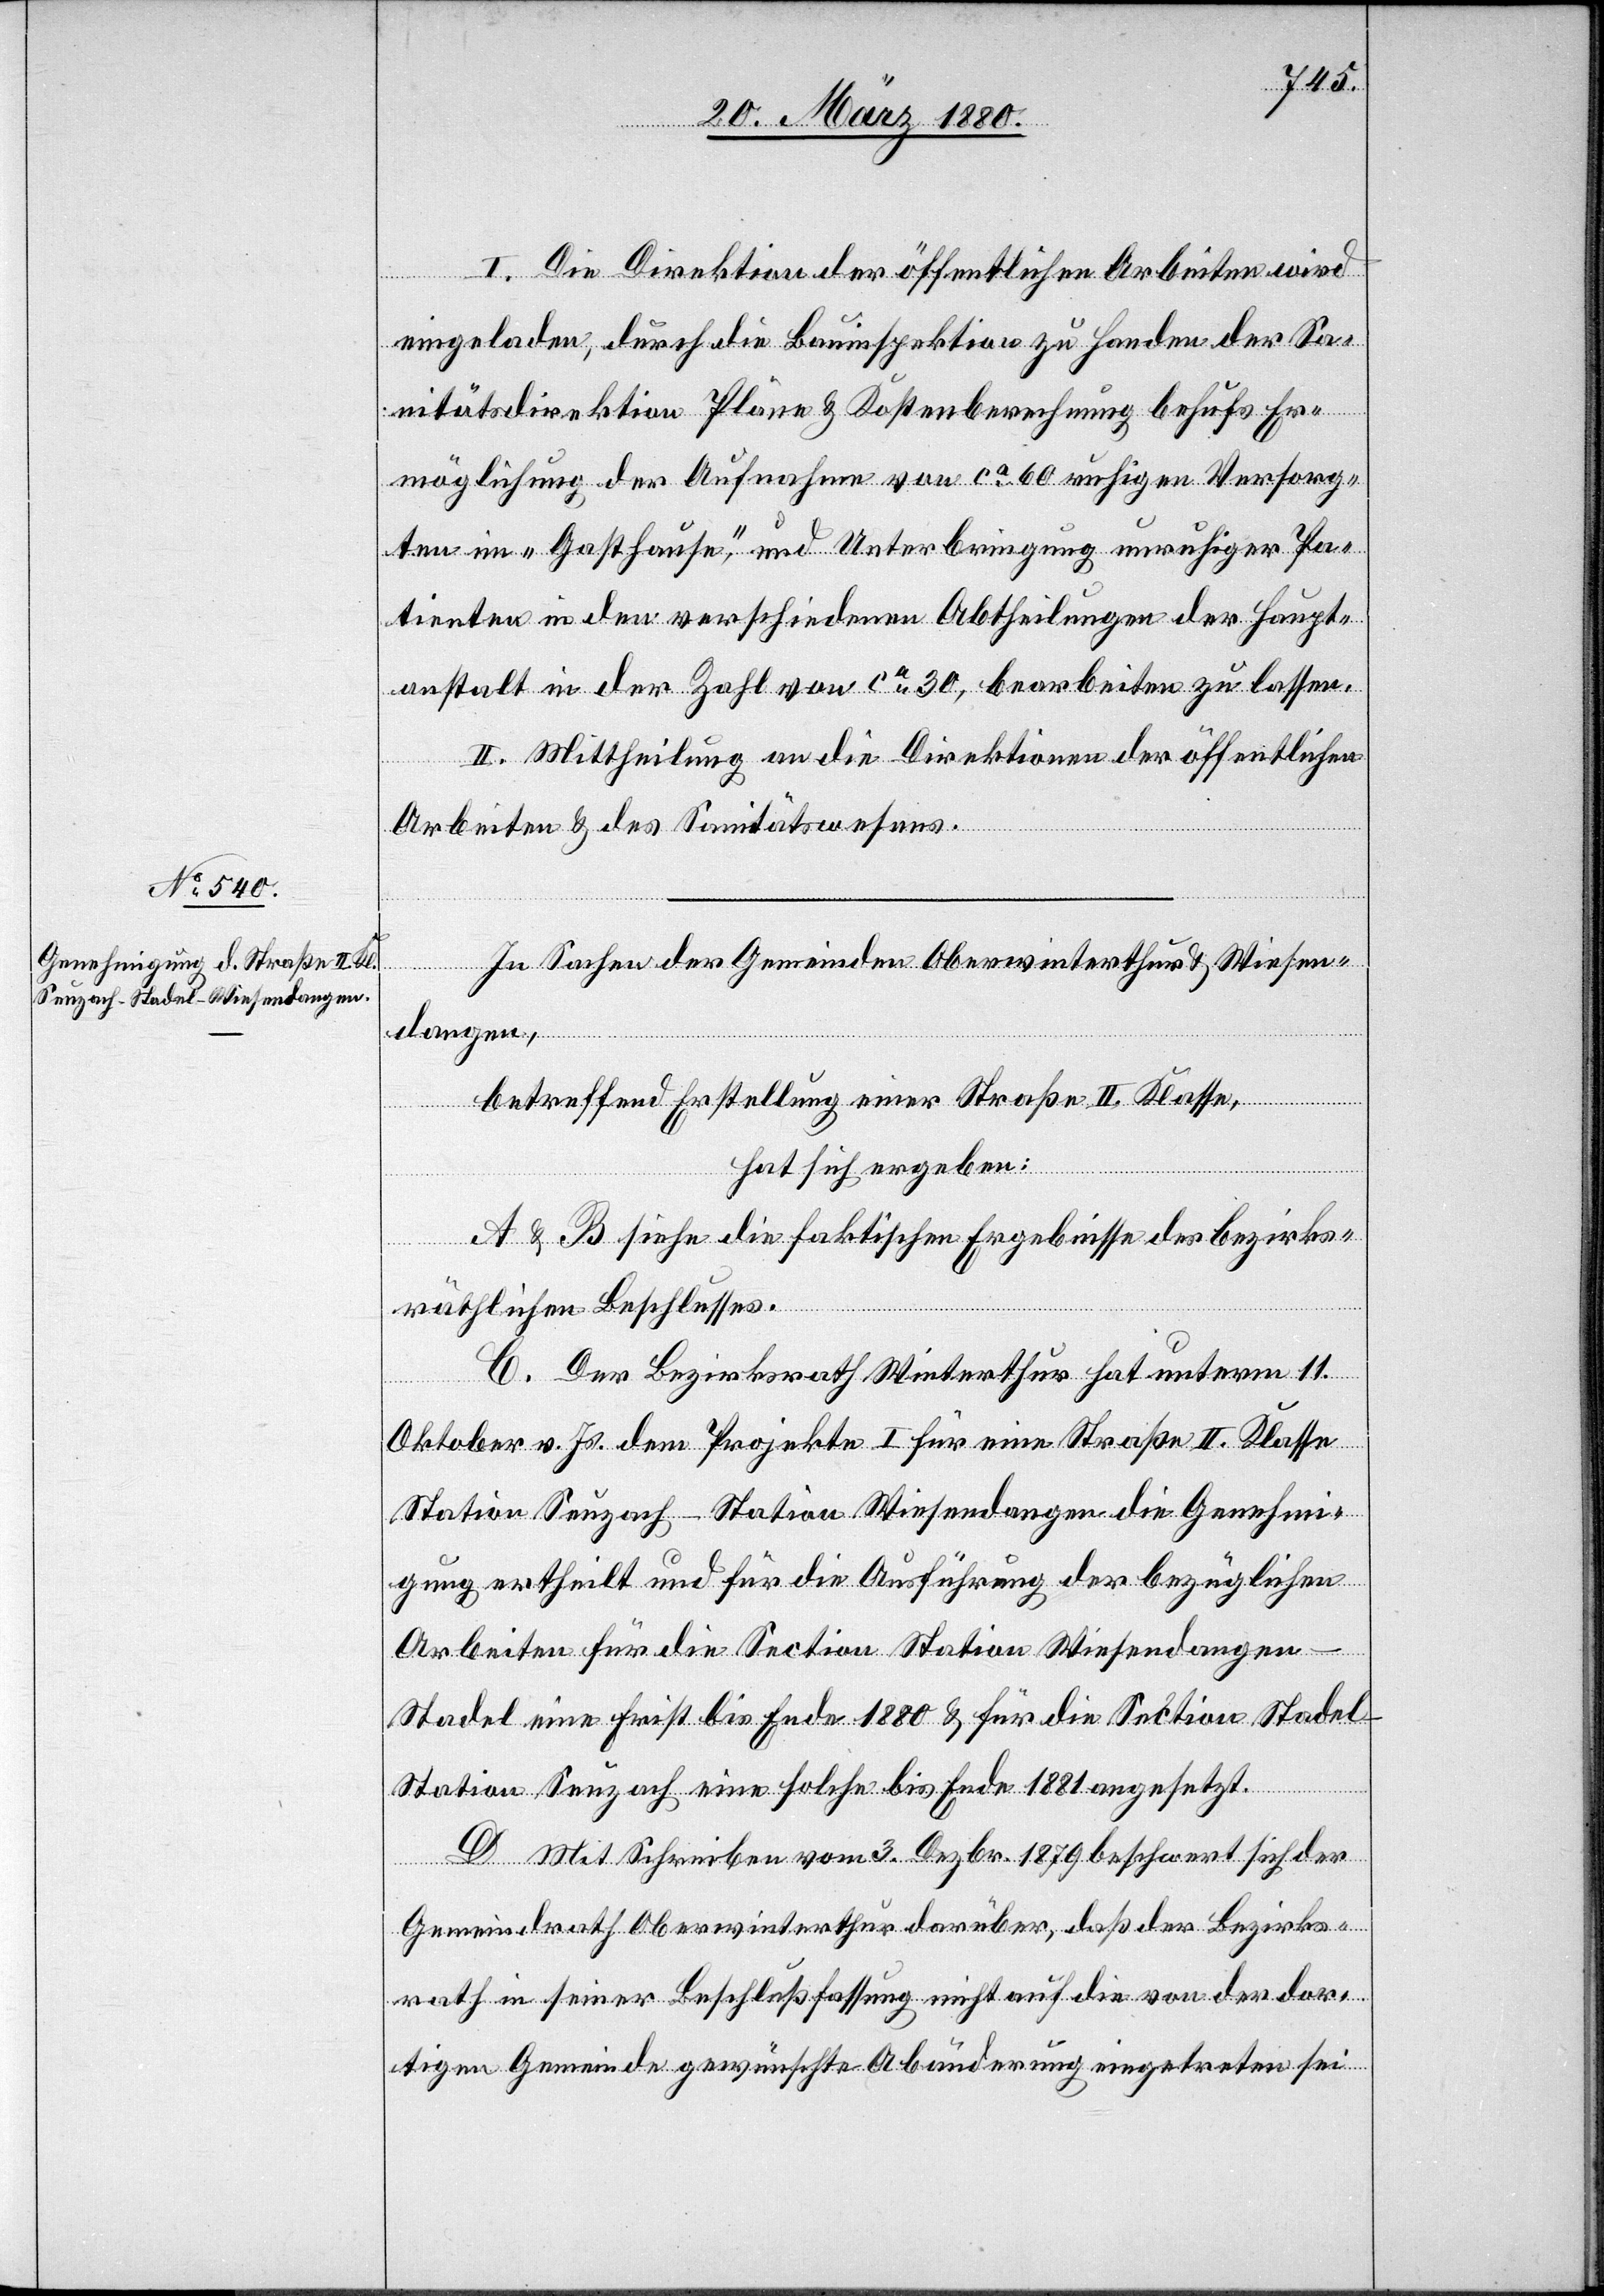
I. Die Direktion der öffentlichen Arbeiten wird
eingeladen, durch die Bauinspektion zu Handen der Sa¬
nitätsdirektion Pläne & Kostenberechnung behufs Er¬
möglichung der Aufnahme von ca 60 ruhigen Versorg¬
ten im „Gasthause“, und Unterbringung unruhiger Pa¬
tienten in den verschiedenen Abtheilungen der Haupt¬
anstalt in der Zahl von ca 30, bearbeiten zu lassen.
II. Mittheilung an die Direktionen der öffentlichen
Arbeiten & des Sanitätswesens.
In Sachen der Gemeinden Oberwinterthur & Wiesen¬
dangen,
betreffend Erstellung einer Straße II. Klasse,
hat sich ergeben:
A & B siehe die faktischen Ergebnisse des bezirks¬
räthlichen Beschlusses.
C. Der Bezirksrath Winterthur hat unterm 11.
Oktober v. Js. dem Projekte I für eine Straße II. Klasse
Station Seuzach–Station Wiesendangen die Genehmi¬
gung ertheilt und für die Ausführung der bezüglichen
Arbeiten für die Section Station Wiesendange¬
n–Stadel eine Frist bis Ende 1880 & für die Section Stade¬
l–Station Seuzach eine solche bis Ende 1881 angesetzt.
D. Mit Schreiben vom 3. Dezbr. 1879 beschwert sich der
Gemeindrath Oberwinterthur darüber, daß der Bezirks¬
rath in seiner Beschlußfassung nicht auf die von der dor¬
tigen Gemeinde gewünschte Abänderung eingetreten sei[.]